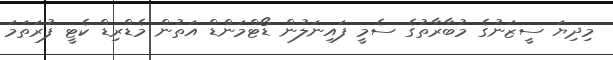
މިދިޔަ ސީޒަނުގެ މުބާރާތުގެ ސެމީ ފައިނަލުން ޑޯޓްމަންޑް އަތުން މެޑްރިޑް ކެޓީ ފުރަތަމަ